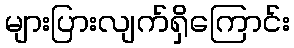
များပြားလျက်ရှိကြောင်း